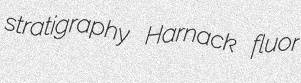
stratigraphy Harnack fluor